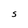
Character: S